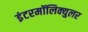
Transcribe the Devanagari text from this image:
इंटरमॉलिक्युलर